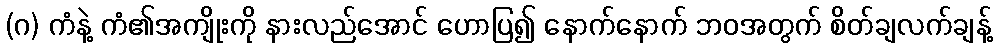
(ဂ) ကံနဲ့ ကံ၏အကျိုးကို နားလည်အောင် ဟောပြ၍ နောက်နောက် ဘဝအတွက် စိတ်ချလက်ချန့်